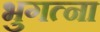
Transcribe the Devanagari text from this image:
भुगत्ना